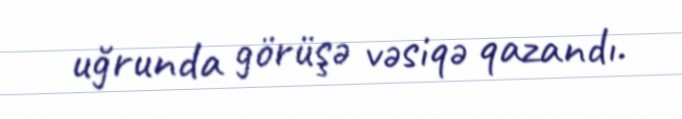
uğrunda görüşə vəsiqə qazandı.